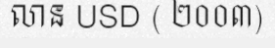
លាន USD ( ២០០៣)